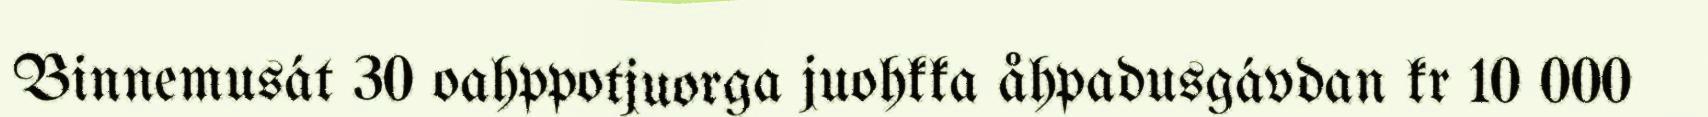
Binnemusát 30 oahppotjuorga juohkka åhpadusgávdan kr 10 000